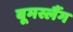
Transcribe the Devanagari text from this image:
बूमस्लैंग